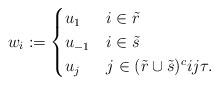
\begin{align*}w_i := \begin{cases} u_1 & i\in\tilde{r}\\u_{-1} & i\in\tilde{s}\\ u_j & j\in(\tilde{r}\cup \tilde{s})^c i j \tau.\end{cases}\end{align*}